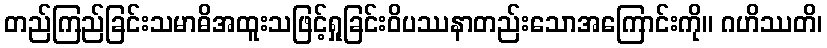
တည်ကြည်ခြင်းသမာဓိအထူးသဖြင့်ရှုခြင်းဝိပဿနာတည်းသောအကြောင်းကို။ ဂဟိဿတိ၊